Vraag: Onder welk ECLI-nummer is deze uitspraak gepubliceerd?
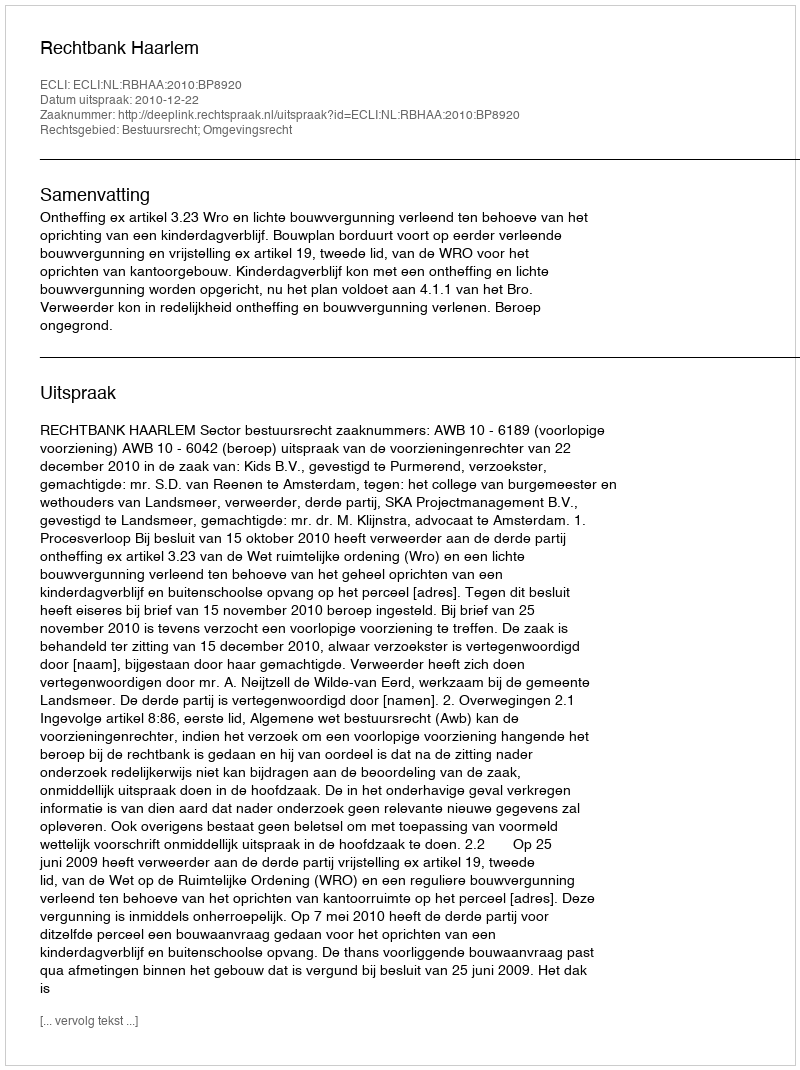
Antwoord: ECLI:NL:RBHAA:2010:BP8920